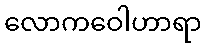
လောကဝေါဟာရာ